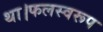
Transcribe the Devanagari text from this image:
था।फलस्वरूप